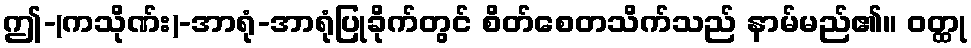
ဤ-(ကသိုဏ်း)-အာရုံ-အာရုံပြုခိုက်တွင် စိတ်စေတသိက်သည် နာမ်မည်၏။ ဝတ္ထု